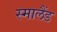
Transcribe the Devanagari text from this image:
स्मालैंड